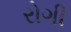
રોગી